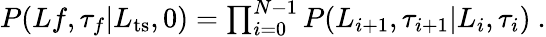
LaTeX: \begin{array}{r}{P(Lf,\tau_{f}|L_{\mathrm{ts}},0)=\prod_{i=0}^{N-1}P(L_{i+1},\tau_{i+1}|L_{i},\tau_{i})\ .}\end{array}